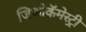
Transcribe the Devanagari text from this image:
जिओकॅमेस्ट्री